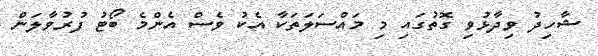
ޝާހިދު ވިދާޅުވި ގޮތުގައި މި މައްސަލަތަކާ އެކު ވެސް އެންމެ ބޯޓު ފުރުވާލަން